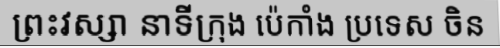
ព្រះវស្សា នាទីក្រុង ប៉េកាំង ប្រទេស ចិន